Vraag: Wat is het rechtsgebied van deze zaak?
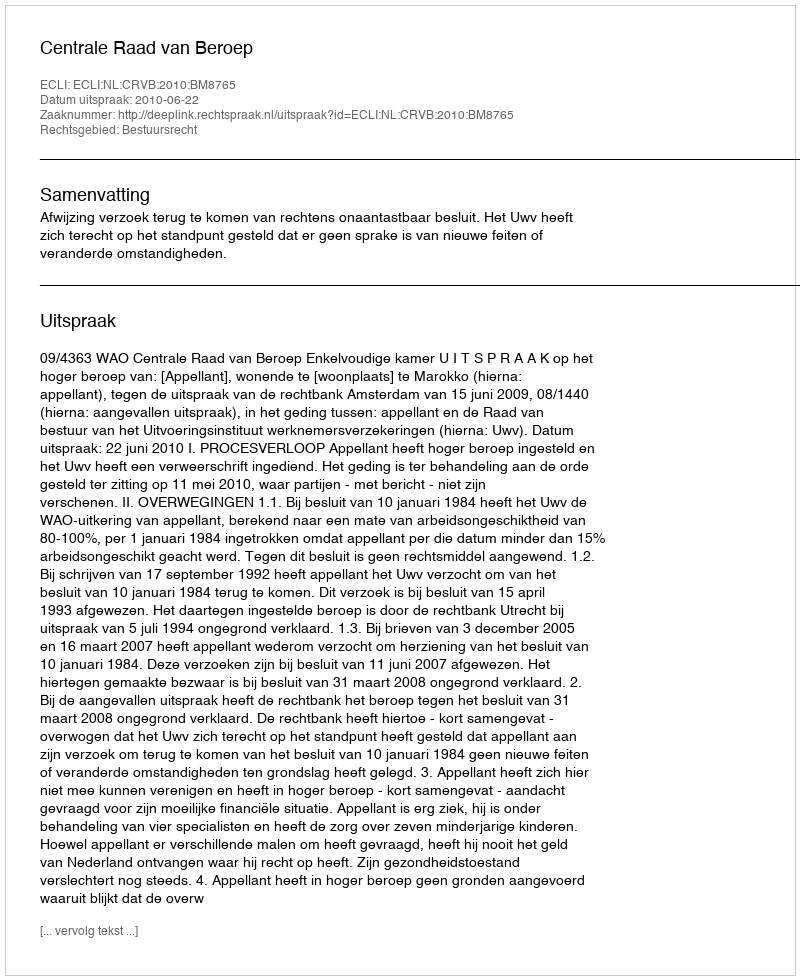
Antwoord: Bestuursrecht